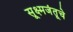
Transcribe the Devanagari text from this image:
सूक्ष्मजंतूचे